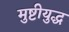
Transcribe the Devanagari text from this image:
मुष्टीयुद्ध